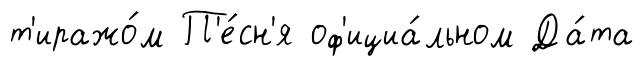
т'иражо́м П'е́сн'я оф'ициа́льном Да́та